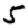
Digit: 5